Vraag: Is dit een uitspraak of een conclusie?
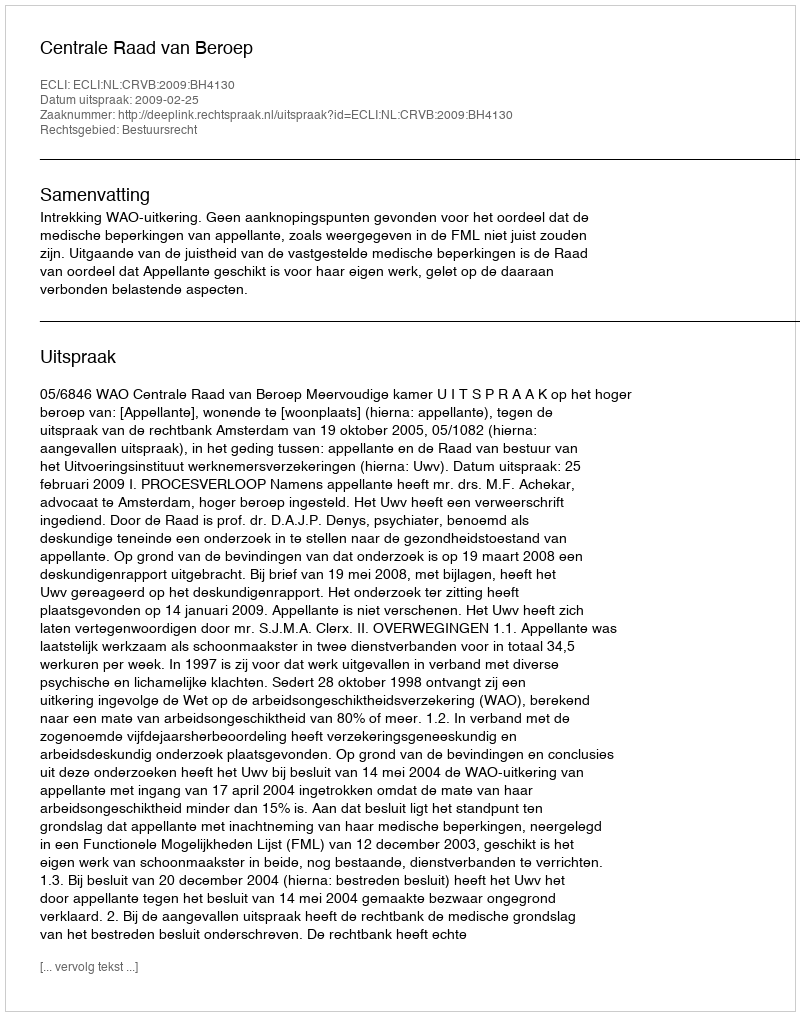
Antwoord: Uitspraak